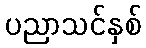
ပညာသင်နှစ်